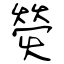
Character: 熒